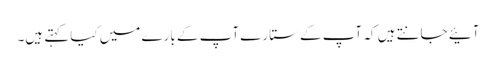
آئیے جانتے ہیں کہ آپ کے ستارے آپ کے بارے میں کیا کہتے ہیں۔